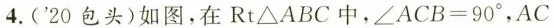
4.('20包头)如图，在Rt△ABC中，$$∠ A C B = 9 0 °$$，$$A C